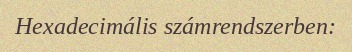
Hexadecimális számrendszerben: